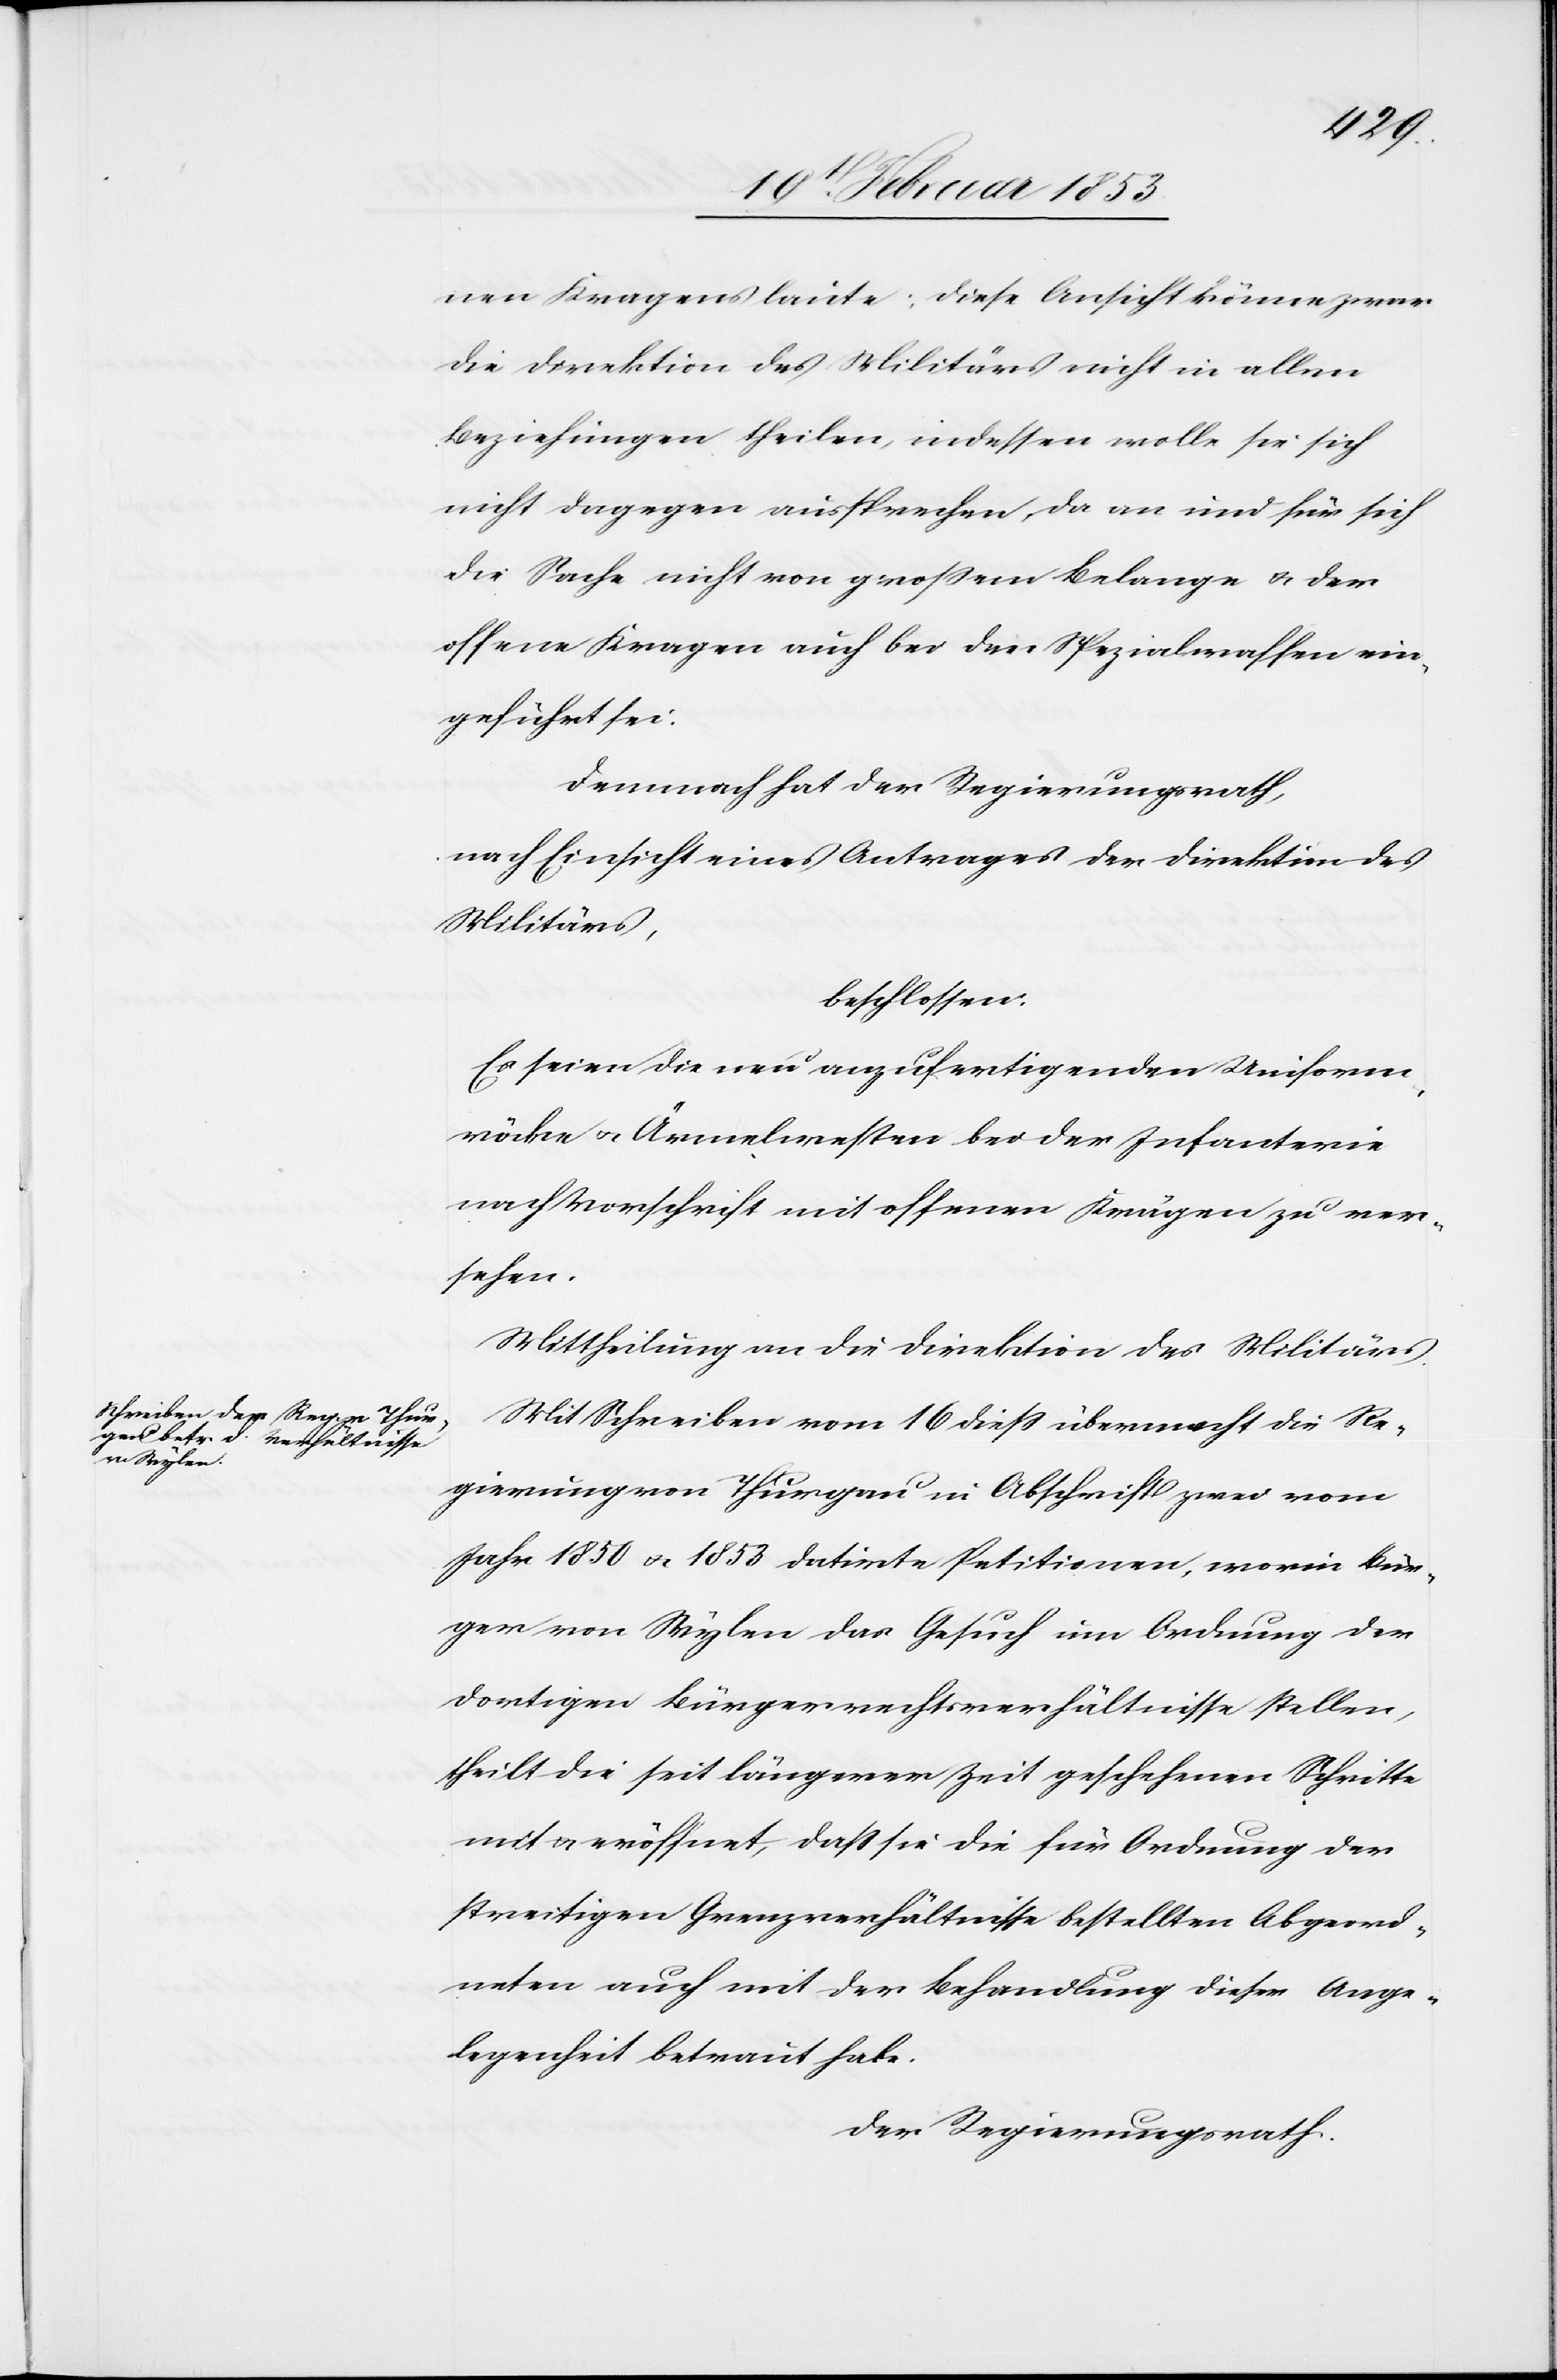
nen Kragens laute; diese Ansicht könne zwar
die Direktion des Militärs nicht in allen
Beziehungen theilen, indessen wolle sie sich
nicht dagegen aussprechen, da an und für sich
die Sache nicht von großem Belang u. der
offene Kragen auch bei den Spezialwaffen ein¬
geführt sei.
Demnach hat der Regierungsrath,
nach Einsicht eines Antrages der Direktion des
Militärs,
beschlossen:
Es seien die neu anzufertigenden Uniform¬
röcke u. Ärmelwesten bei der Infanterie
nach Vorschrift mit offenen Krägen zu ver¬
sehen.
Mit Schreiben vom 16 dieß übermacht die Re¬
gierung von Thurgau in Abschrift zwei vom
Jahre 1850 u. 1853 datirte Petitionen, wo ein Bür¬
ger von Wylen das Gesuch um Ordnung der
dortigen Bürgerrechtsverhältnisse stellen
theilt die seit längerer Zeit geschehenen Schritte
mit u. eröffnet, daß sie die für Ordnung der
streitigen Grenzverhältnisse bestellten Abgeord¬
neten auch mit der Behandlung dieser Ange¬
legenheit betraut habe.
Der Regierungsrath